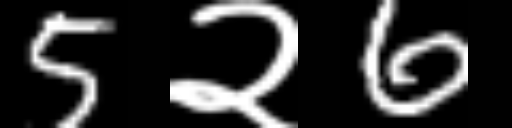
Text: 5२6